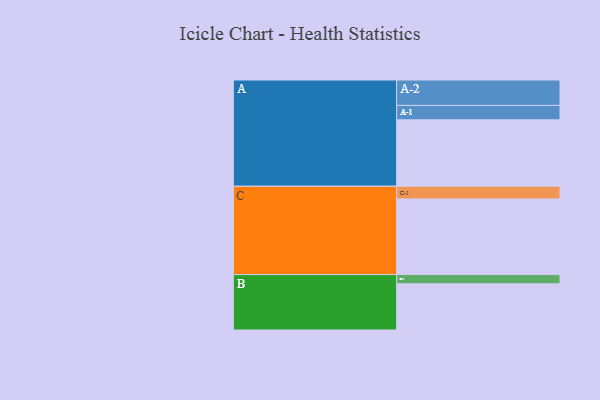
{"axis": {"x": "Segment", "y": "Value"}, "legend": ["", "A", "B", "C"], "data": [{"x": "A", "y": 434, "type": ""}, {"x": "B", "y": 302, "type": ""}, {"x": "C", "y": 494, "type": ""}, {"x": "A-1", "y": 94, "type": "A"}, {"x": "A-2", "y": 166, "type": "A"}, {"x": "B-1", "y": 60, "type": "B"}, {"x": "C-1", "y": 83, "type": "C"}]}